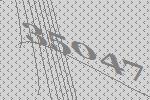
35047